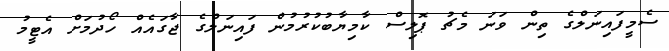
ސެމީފައިނަލްގެ ތިން ވަނަ މެޗު ޕޮލިސް ކާމިޔާބުކުރުމުން ފައިނަލްގެ ޖާގައެއް ހޯދުމަށް އެޓީމު